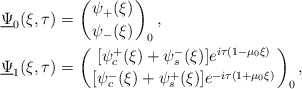
\begin{align*}\underline{\Psi}_{0}(\xi, \tau) & =\left({\psi_{+}(\xi) \atop \psi_{-}(\xi)}\right)_{0}, \\\underline{\Psi}_{1}(\xi, \tau) & = \left({[\psi_{c}^{+}(\xi) + \psi_{s}^{-}(\xi)] e^{i\tau (1 - \mu_{0}\xi)}\atop [\psi_{c}^{-}(\xi) + \psi_{s}^{+}(\xi)] e^{-i\tau (1 + \mu_{0}\xi)} }\right)_{0}, \end{align*}